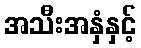
အသီးအနှံနှင့်